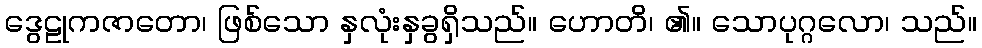
ဒွေဠုကဇာတော၊ ဖြစ်သော နှလုံးနှခွရှိသည်။ ဟောတိ၊ ၏။ သောပုဂ္ဂလော၊ သည်။